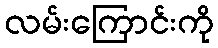
လမ်းကြောင်းကို